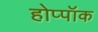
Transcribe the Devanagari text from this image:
होप्पॉक